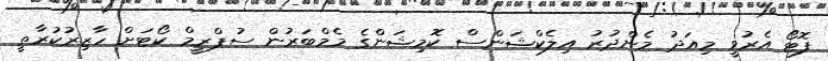
ފޮޓޯ އެރުވީ މިއަދު މެންދުރު އިލެކްޝަންސް ކޮމިޝަންގެ މެމްބަރުން ސުޕްރީމް ކޯޓަށް ހާޒިރުކުރާތީ